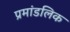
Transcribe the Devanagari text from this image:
प्रमांडलिक